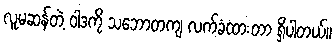
လူမဆန်တဲ့ ဝါဒကို သဘောတကျ လက်ခံထားတာ ရှိပါတယ်။